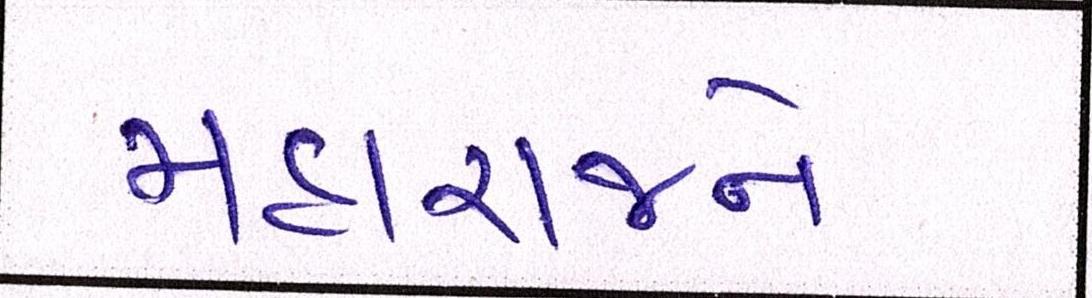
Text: મહારાજને